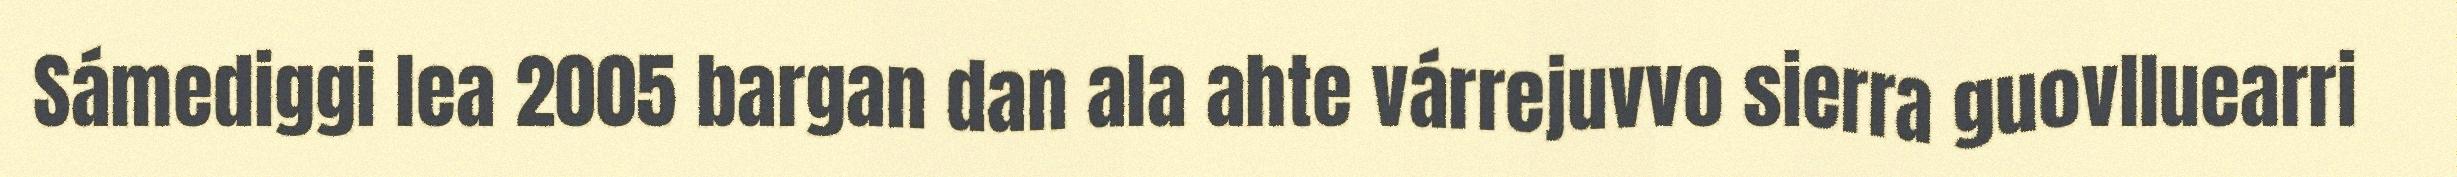
Sámediggi lea 2005 bargan dan ala ahte várrejuvvo sierra guovlluearri